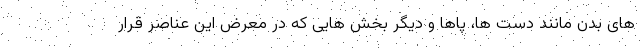
های بدن مانند دست ها، پاها و دیگر بخش هایی که در معرض این عناصر قرار